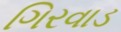
ગિરવાડ